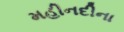
મહીનદીના